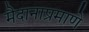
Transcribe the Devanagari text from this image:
मैदानाप्रमाणे